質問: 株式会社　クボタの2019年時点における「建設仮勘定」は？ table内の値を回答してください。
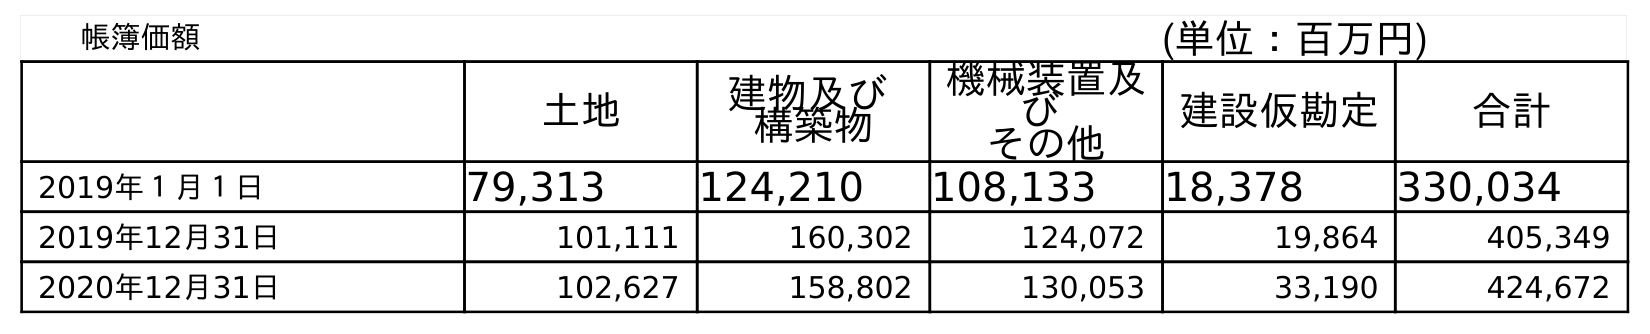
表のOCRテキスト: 帳簿価額 (単位：百万円) 土地 建物及び 構築物 機械装置及 び その他 建設仮勘定 合計 2019年１月１日 79,313 124,210 108,133 18,378 330,034 2019年12月31日 101,111 160,302 124,072 19,864 405,349 2020年12月31日 102,627 158,802 130,053 33,190 424,672
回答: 19,864